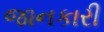
જાનકારી